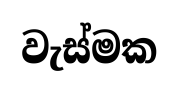
වැස්මක